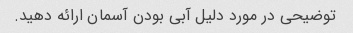
توضیحی در مورد دلیل آبی بودن آسمان ارائه دهید.